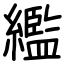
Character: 繿